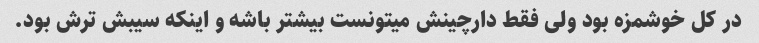
در کل خوشمزه بود ولی فقط دارچینش میتونست بیشتر باشه و اینکه سیبش ترش بود.